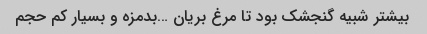
بیشتر شبیه گنجشک بود تا مرغ بریان …بدمزه و بسیار کم حجم